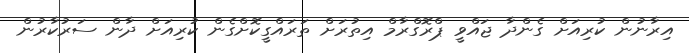
އިރާނުން ކުރިއަށް ގެންދާ ޖައްވީ ޕްރޮގްރާމް އިތުރަށް ތަރައްގީކޮށްގެން ކުރިއަށް ދާން ސަރުކާރުން